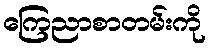
ကြေညာစာတမ်းကို